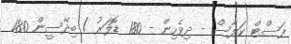
ފަސްޓް ކަލާސް - ދިވެހިން - 180 ޑޮލަރު / ބިދޭސީން 180